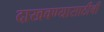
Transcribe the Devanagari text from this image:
दाखवण्यासाठीची